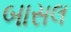
બાસલ